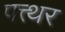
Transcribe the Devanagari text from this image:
पत्त्थर